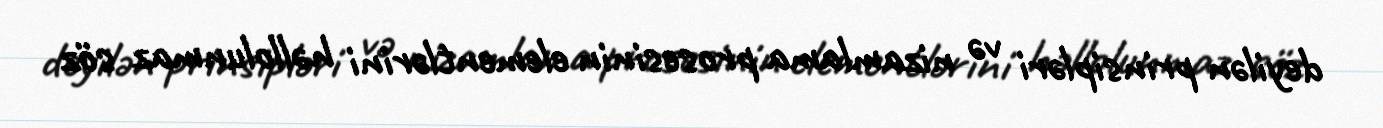
deyilən prinsipləri və nizamlama prosesinin elementlərini həllolunmaz söz